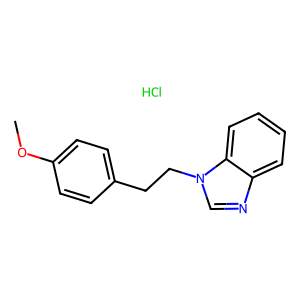
SMILES: COc1ccc(CCn2cnc3ccccc32)cc1.Cl
Inhibits HIV replication: No